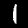
Digit: 1